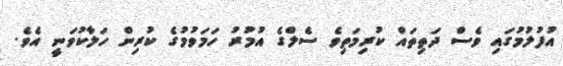
އުފުލުމުގައި ވެސް ދަތިތައް ކުރިމަތިވެ ސެލްގެ އުމުރު ހަމަވުމުގެ ކުރިން ހަލާކުވަނީ އެވެ.